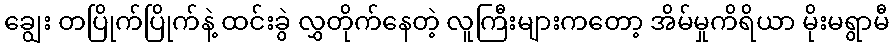
ချွေး တပြိုက်ပြိုက်နဲ့ ထင်းခွဲ လွှတိုက်နေတဲ့ လူကြီးများကတော့ အိမ်မှုကိရိယာ မိုးမရွာမီ